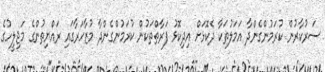
ސަރުކާރުން ކުރަމުންގެންދާ އަމަލުތަކާ ދެކޮޅަށް އިދިކޮޅު ފަރާތްތަކުން ކުރަމުންގެންދާ މުޒާހަރާގައި ރައްޔިތުންގެ މަޖިލީހުގެ